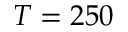
T = 2 5 0